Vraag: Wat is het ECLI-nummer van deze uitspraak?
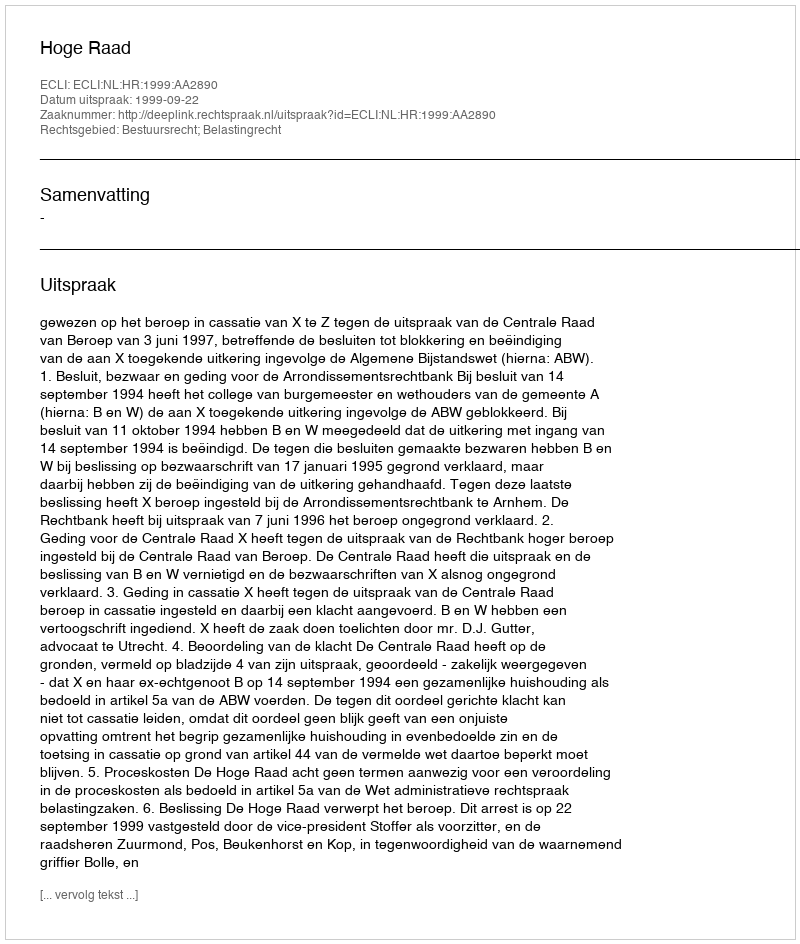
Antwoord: ECLI:NL:HR:1999:AA2890